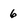
Character: 6